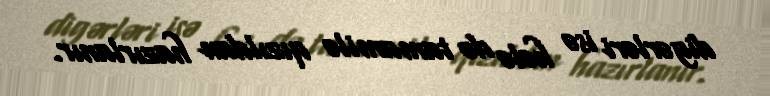
digərləri isə hələ də tamamilə qızıldan hazırlanır.